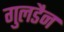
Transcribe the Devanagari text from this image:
गुलडैन